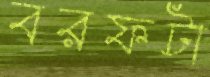
বরফটা